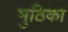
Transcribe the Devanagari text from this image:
मुठिका